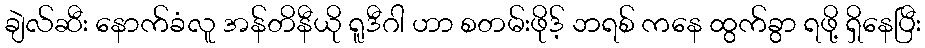
ချဲလ်ဆီး နောက်ခံလူ အန်တိနီယို ရူဒီဂါ ဟာ စတမ်းဖိုဒ့် ဘရစ် ကနေ ထွက်ခွာ ရဖို့ ရှိနေပြီး